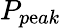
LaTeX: P_{p\mathrm{e}ak}